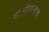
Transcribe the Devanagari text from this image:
गाडीवानाचा